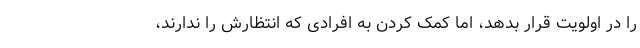
را در اولویت قرار بدهد، اما کمک کردن به افرادی که انتظارش را ندارند،